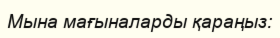
Мына мағыналарды қараңыз: